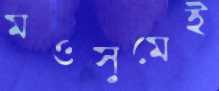
মওসুমেই